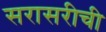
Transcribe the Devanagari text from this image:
सरासरीची